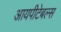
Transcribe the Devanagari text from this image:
आयपीटेबल्स